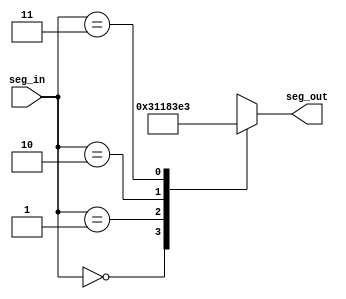
module seven_seg_result(
    input [1:0] seg_in,
    output reg [7:0] seg_out
    );
    
    always@(*) begin
    case(seg_in)
    2'b00: seg_out <= 8'b00000011;//0
    2'b01: seg_out <= 8'b00010001;//A
    2'b10: seg_out <= 8'b10000011;//U
    2'b11: seg_out <= 8'b11100011;//L
    default: seg_out <= 8'b00000011;
    endcase
    end
endmodule